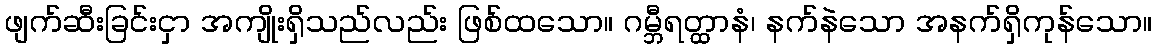
ဖျက်ဆီးခြင်းငှာ အကျိုးရှိသည်လည်း ဖြစ်ထသော။ ဂမ္ဘီရတ္ထာနံ၊ နက်နဲသော အနက်ရှိကုန်သော။